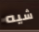
شيه